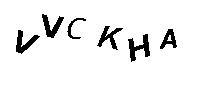
VVCKHA